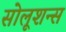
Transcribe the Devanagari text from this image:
सोलूशन्स